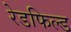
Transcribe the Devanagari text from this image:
रेडफिल्ड